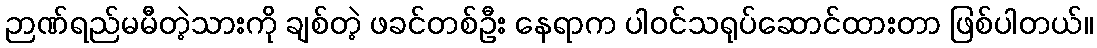
ဉာဏ်ရည်မမီတဲ့သားကို ချစ်တဲ့ ဖခင်တစ်ဦး နေရာက ပါဝင်သရုပ်ဆောင်ထားတာ ဖြစ်ပါတယ်။